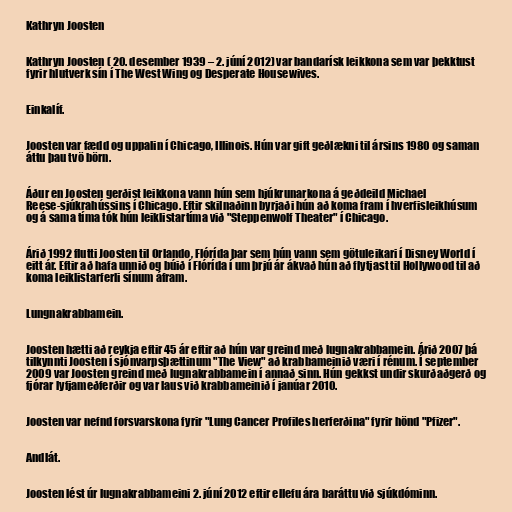
Kathryn Joosten

Kathryn Joosten ( 20. desember 1939 – 2. júní 2012) var bandarísk leikkona sem var þekktust
fyrir hlutverk sín í The West Wing og Desperate Housewives.

Einkalíf.

Joosten var fædd og uppalin í Chicago, Illinois. Hún var gift geðlækni til ársins 1980 og saman
áttu þau tvö börn.

Áður en Joosten gerðist leikkona vann hún sem hjúkrunarkona á geðdeild Michael
Reese-sjúkrahússins í Chicago. Eftir skilnaðinn byrjaði hún að koma fram í hverfisleikhúsum
og á sama tíma tók hún leiklistartíma við "Steppenwolf Theater" í Chicago.

Árið 1992 flutti Joosten til Orlando, Flórída þar sem hún vann sem götuleikari í Disney World í
eitt ár. Eftir að hafa unnið og búið í Flórída í um þrjú ár ákvað hún að flytjast til Hollywood til að
koma leiklistarferli sínum áfram.

Lungnakrabbamein.

Joosten hætti að reykja eftir 45 ár eftir að hún var greind með lugnakrabbamein. Árið 2007 þá
tilkynnti Joosten í sjónvarpsþættinum "The View" að krabbameinið væri í rénum. Í september
2009 var Joosten greind með lugnakrabbamein í annað sinn. Hún gekkst undir skurðaðgerð og
fjórar lyfjameðferðir og var laus við krabbameinið í janúar 2010.

Joosten var nefnd forsvarskona fyrir "Lung Cancer Profiles herferðina" fyrir hönd "Pfizer".

Andlát.

Joosten lést úr lugnakrabbameini 2. júní 2012 eftir ellefu ára baráttu við sjúkdóminn.